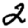
Digit: 2